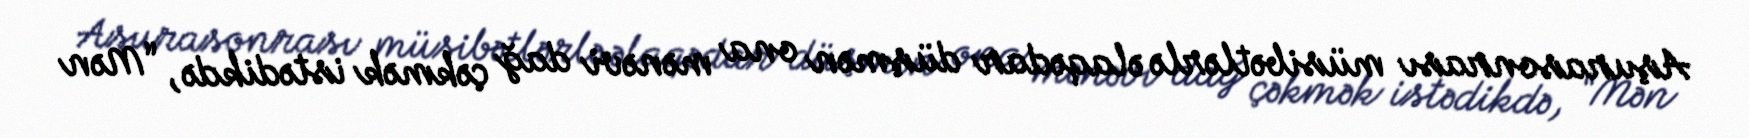
Aşurasonrası müsibətlərlə əlaqədar düşmən ona mənəvi dağ çəkmək istədikdə, “Mən